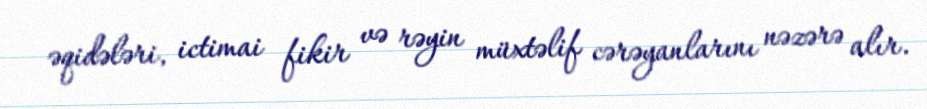
əqidələri, ictimai fikir və rəyin müxtəlif cərəyanlarını nəzərə alır.